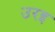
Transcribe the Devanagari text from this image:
उरइ